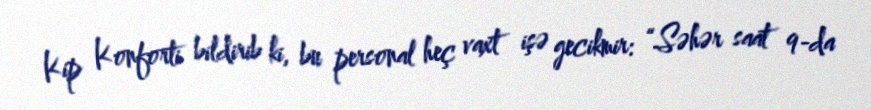
Kip Konforti bildirib ki, bu personal heç vaxt işə gecikmir: “Səhər saat 9-da